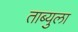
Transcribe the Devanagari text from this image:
ताब्युला